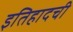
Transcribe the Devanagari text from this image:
इतिहादची